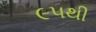
૯૫થી